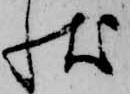
状